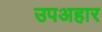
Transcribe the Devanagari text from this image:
उपअहार